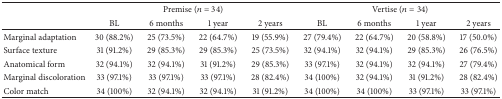
|  | <COLSPAN=4> Premise (n = 34) | <COLSPAN=4> Vertise (n = 34) |
 |  | BL | 6 months | 1 year | 2 years | BL | 6 months | 1 year | 2 years |
 | --- | --- | --- | --- | --- | --- | --- | --- | --- |
 | Marginal adaptation | 30 (88.2%) | 25 (73.5%) | 22 (64.7%) | 19 (55.9%) | 27 (79.4%) | 22 (64.7%) | 20 (58.8%) | 17 (50.0%) |
 | Surface texture | 31 (91.2%) | 29 (85.3%) | 29 (85.3%) | 25 (73.5%) | 32 (94.1%) | 32 (94.1%) | 29 (85.3%) | 26 (76.5%) |
 | Anatomical form | 32 (94.1%) | 32 (94.1%) | 31 (91.2%) | 29 (85.3%) | 33 (97.1%) | 32 (94.1%) | 32 (94.1%) | 27 (79.4%) |
 | Marginal discoloration | 33 (97.1%) | 33 (97.1%) | 33 (97.1%) | 28 (82.4%) | 34 (100%) | 32 (94.1%) | 31 (91.2%) | 28 (82.4%) |
 | Color match | 34 (100%) | 32 (94.1%) | 32 (94.1%) | 31 (91.2%) | 34 (100%) | 34 (100%) | 33 (97.1%) | 33 (97.1%) |